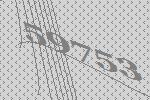
59753